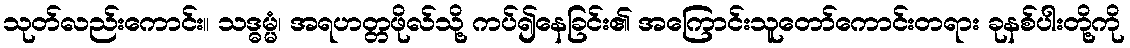
သုတ်လည်းကောင်း။ သဒ္ဓမ္မံ၊ အရဟတ္တဖိုလ်သို့ ကပ်၍နေခြင်း၏ အကြောင်းသူတော်ကောင်းတရား ခုနစ်ပါးတို့ကို